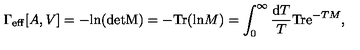
\Gamma _ { \mathrm { e f f } } [ A , V ] = - \mathrm { l n } ( \mathrm { d e t M } ) = - \mathrm { T r } ( \mathrm { l n } M ) = \int _ { 0 } ^ { \infty } { \frac { \mathrm { d } T } { T } } \mathrm { T r } \mathrm { e } ^ { - T M } ,